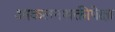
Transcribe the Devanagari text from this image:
आकलनशक्तीपेक्षा